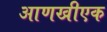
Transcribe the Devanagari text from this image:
आणखीएक